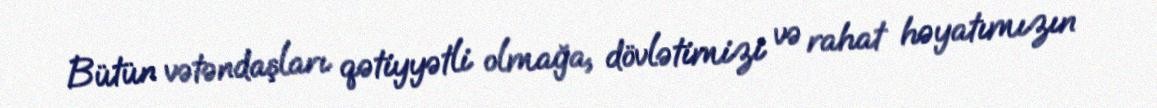
Bütün vətəndaşları qətiyyətli olmağa, dövlətimizi və rahat həyatımızın